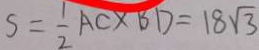
S = \frac { 1 } { 2 } A C \times B D = 1 8 \sqrt { 3 }